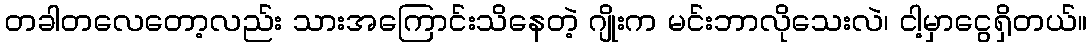
တခါတလေတော့လည်း သားအကြောင်းသိနေတဲ့ ဂျိုးက မင်းဘာလိုသေးလဲ၊ ငါ့မှာငွေရှိတယ်။